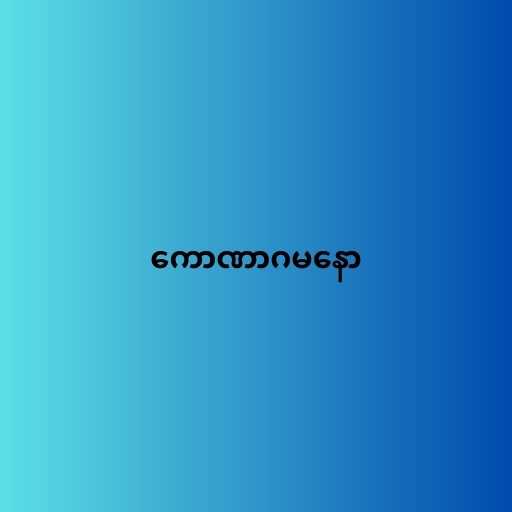
ကောဏာဂမနော